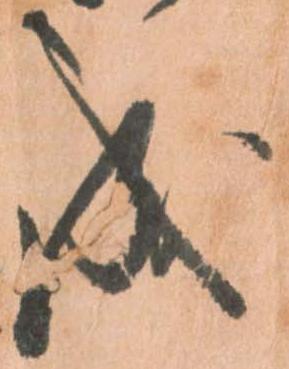
成